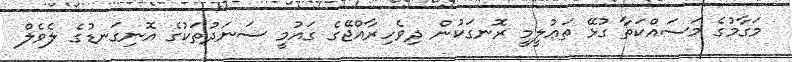
މަގާމުގެ މަސައްކަތާ ގުޅޭ ތަޢުލީމީ ރޮނގަކުން ދިވެހިރާއްޖޭގެ ގައުމީ ސަނަދުތަކުގެ އޮނިގަނޑުގެ ލެވެލް